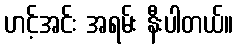
ဟင့်အင်း အရမ်း နီးပါတယ်။